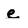
Character: e